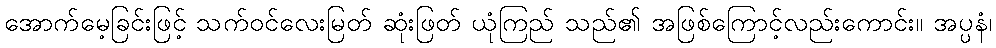
အောက်မေ့ခြင်းဖြင့် သက်ဝင်လေးမြတ် ဆုံးဖြတ် ယုံကြည် သည်၏ အဖြစ်ကြောင့်လည်းကောင်း။ အပ္ပနံ၊